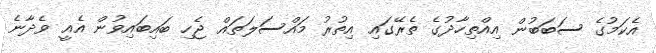
އެކަމުގެ ސަބަބުން އިއްތިހާދުގެ ތެރޭގައި އިތުރު މައްސަލަތައް ޖެހި ބައިބައިވުން އެއީ ވެދާނެ